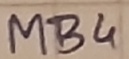
Text: MB4